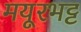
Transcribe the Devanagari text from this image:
मयूरभट्ट